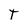
Character: T